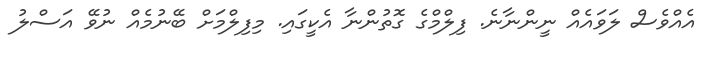
އެއްވެސް ލަވައެއް ނީންނާނެ. ފިލްމްގެ ގޮތުންނާ އެކީގައި. މިފިލްމަށް ބޭނުމެއް ނުވޭ އަސްލު